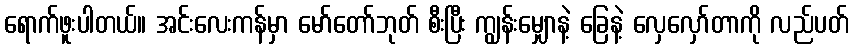
ရောက်ဖူးပါတယ်။ အင်းလေးကန်မှာ မော်တော်ဘုတ် စီးပြီး ကျွန်းမျှောနဲ့ ခြေနဲ့ လှေလှော်တာကို လည်ပတ်